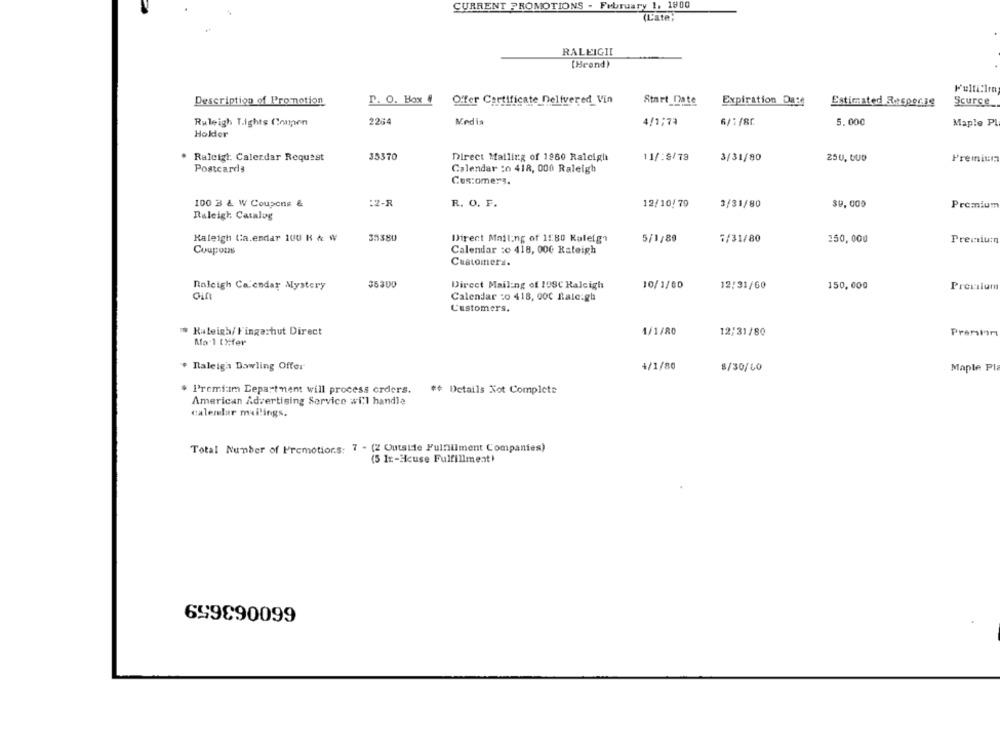
CURRENT PROMOTIONS - February 1, 1900
(Late:
RALEIGII
(Heend)
Fulfillra
P. O. Box #
Description of Promotion
Offer Certificate Delivered_ Vin
Start Date
Expiration Date
Estimated Respecie
Scurce_
2214
Media
6/1/8C
Ruleigh Tights Compen
4/1:74
5.000
Maple Pl
Holder
Raleigh. Calerdar Request
35370
Direct Mailing of 1980 Raleigh
11/:S/78
3/31/80
Premium
250, 000
Postcards
Calendar :o 418, 000 Raleigh
Ces:omers.
100 B & W Coupons &
:2-R
R. O. F.
12/10/79
3/31/80
$9, 000
Premium
Raleigh Catalog
Kaleigh tia.endar 100 K & W
35380
Direct Mail:ng of 1 :: 80 Kaleigh
5/1/89
7/31/80
150, 000
Premium
Coupons
Calendar :0 418, 000 Raleigh
Customers.
Raleigh Calendar Mystery
35300
Direct Mailing of 198℃ Haleigh
10/1/80
12/31/60
150,000
Premium
oin
Calendar :0 418, 00℃ Rale:gh
Customers.
# Kaleigh/Fingerhut Direct
1/1/80
Prenhom
12/31/80
Ma-1 [Mer
· Raleiga Dowling Offer
+/1/80
8/30/40
Maple Pl
Premium Department will process orders.
#* Details Not Complete
American Advertising Service will handle
calendar mailings.
Total Number of Fremotions: 7 - (2 Outside Fulfillment Companies)
(5 1x-Hcuse Fulfillment!
659890099